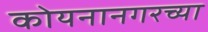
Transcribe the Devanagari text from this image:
कोयनानगरच्या